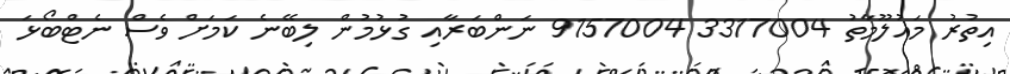
އިތުރު މައުލޫމާތު 3317004 9157004 ނަންބަރާއި ގުޅުމުން ލިބޭނެ ކަމަށް ވެސް ނެޓްބޯޅަ